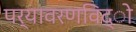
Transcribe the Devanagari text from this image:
पर्यावरणविद्ो